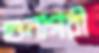
গুনাগরী